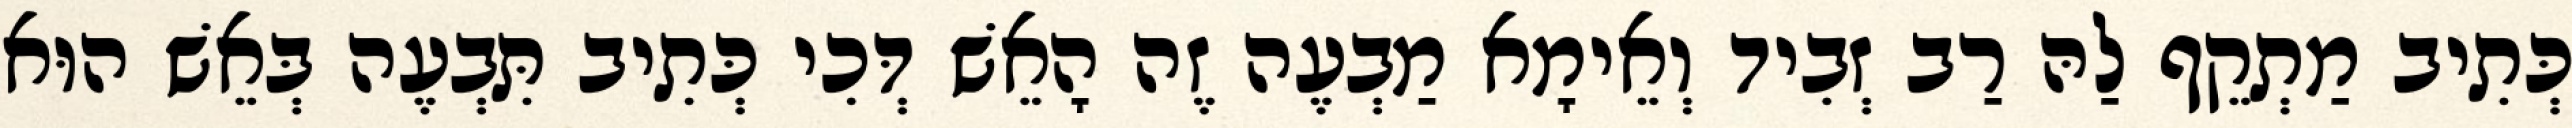
כְּתִיב מַתְקֵף לַהּ רַב זְבִיד וְאֵימָא מַבְעֶה זֶה הָאֵשׁ דְּכִי כְּתִיב תִּבְעֶה בְּאֵשׁ הוּא